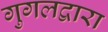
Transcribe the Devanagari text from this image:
गुगलद्वारा